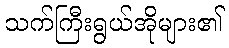
သက်ကြီးရွယ်အိုများ၏